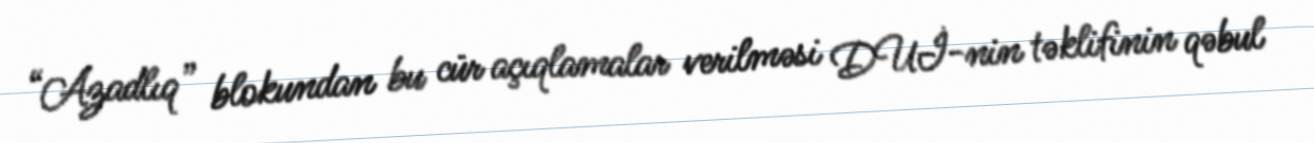
“Azadlıq” blokundan bu cür açıqlamalar verilməsi DUİ-nin təklifinin qəbul